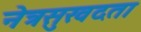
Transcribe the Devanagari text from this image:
नेत्रसुखदता